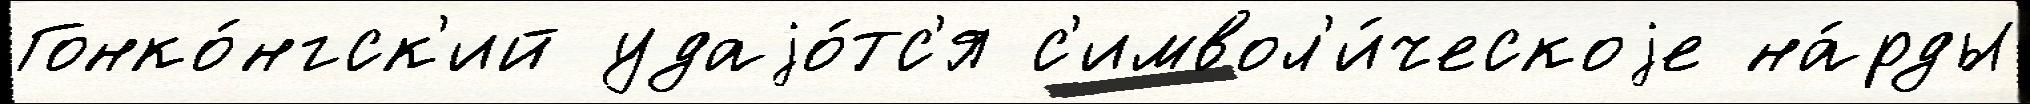
Гонко́нгск'ий удаjо́тс'я с'имвол'и́ческоjе на́рды